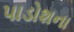
પાડોશના